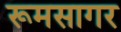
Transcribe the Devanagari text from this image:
रूमसागर